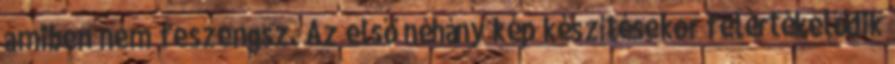
amiben nem feszengsz. Az első néhány kép készítésekor felértékelődik